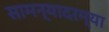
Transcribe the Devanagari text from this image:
सामन्यादरम्या